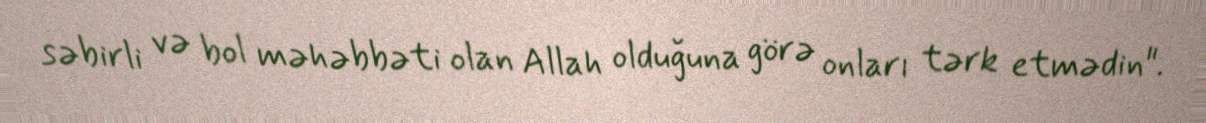
səbirli və bol məhəbbəti olan Allah olduğuna görə onları tərk etmədin".